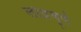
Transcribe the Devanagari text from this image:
लोध्रचूर्ण